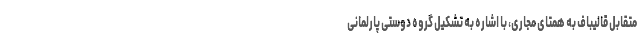
متقابل قالیباف به همتای مجاری، با اشاره به تشکیل گروه دوستی پارلمانی